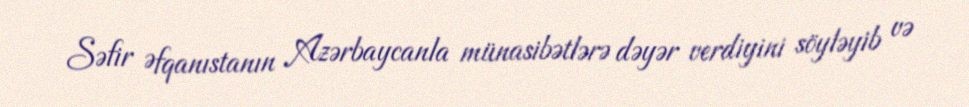
Səfir Əfqanıstanın Azərbaycanla münasibətlərə dəyər verdiyini söyləyib və